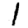
Digit: 1